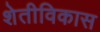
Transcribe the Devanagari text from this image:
शेतीविकास